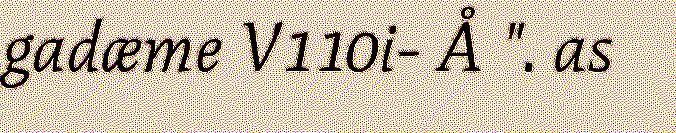
gadæme V110i- Å ". as